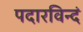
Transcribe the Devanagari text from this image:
पदारविन्दं